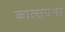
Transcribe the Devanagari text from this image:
कालापना